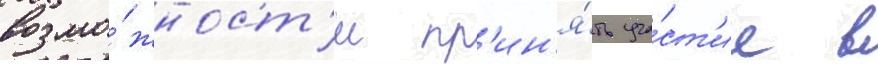
возмо́жност'и пр'ин'я́ть уча́ст'ие в